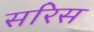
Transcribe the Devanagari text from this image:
सरिस